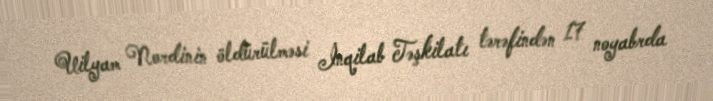
Uilyam Nordinin öldürülməsi İnqilab Təşkilatı tərəfindən 17 noyabrda